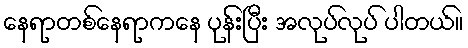
နေရာတစ်နေရာကနေ ပုန်းပြီး အလုပ်လုပ် ပါတယ်။